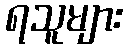
ရသူများ